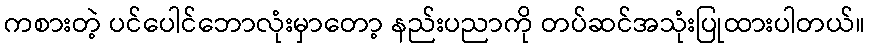
ကစားတဲ့ ပင်ပေါင်ဘောလုံးမှာတော့ နည်းပညာကို တပ်ဆင်အသုံးပြုထားပါတယ်။